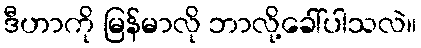
ဒီဟာကို မြန်မာလို ဘာလို့ခေါ်ပါသလဲ။